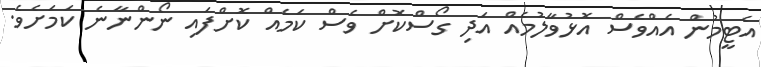
އެޓީމުން އެއްވެސް އޮޅުވާލުމެއް އަދި ގޯސްކޮށް ވެސް ކަމެއް ކޮށްފައި ނޯންނާނެ ކަމަށެވެ.